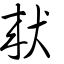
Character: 猌